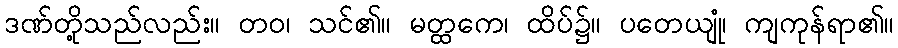
ဒဏ်တို့သည်လည်း။ တဝ၊ သင်၏။ မတ္ထကေ၊ ထိပ်၌။ ပတေယျုံ၊ ကျကုန်ရာ၏။